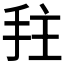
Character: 𫼠